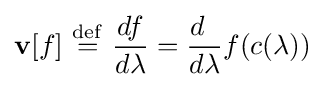
\mathbf {v} [f]\ {\stackrel {\mathrm {def} }{=}}\ {\frac {df}{d\lambda }}={\frac {d\;\;}{d\lambda }}f(c(\lambda ))